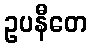
ဥပနီတေ